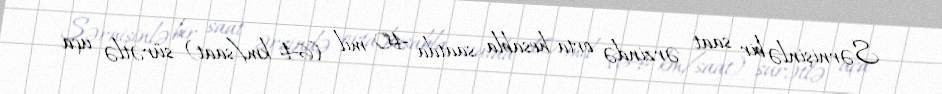
Sərnişinlə bir saat ərzində orta hesabla saatda 40 mil (64 km/saat) sürətlə uça